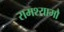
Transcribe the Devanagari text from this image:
रामश्यामौ